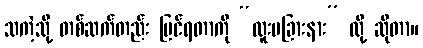
သကဲ့သို့ တစ်ဆက်တည်း မြင်ရတာကို “ထူးမခြားနား” လို့ ဆိုတာ။